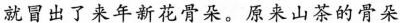
就冒出了来年新花骨朵。原来山茶的骨朵